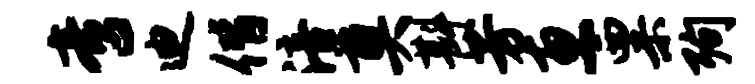
啻迪偕涪奠斟芳惠粟殉